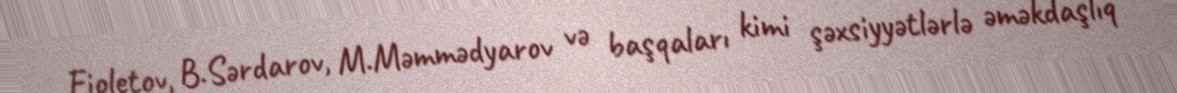
Fioletov, B.Sərdarov, M.Məmmədyarov və başqaları kimi şəxsiyyətlərlə əməkdaşlıq